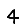
Digit: 4